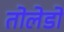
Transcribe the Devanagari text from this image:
तोलेडो